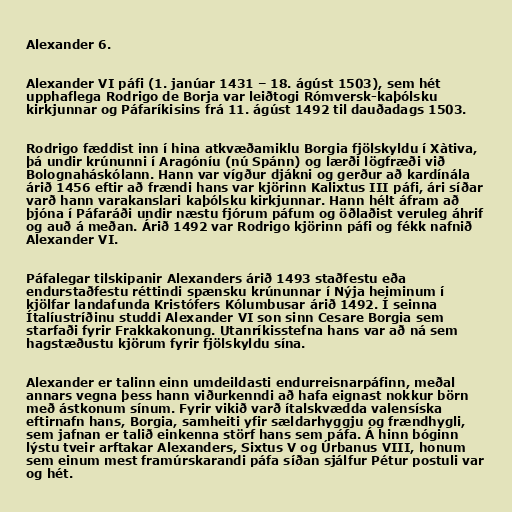
Alexander 6.

Alexander VI páfi (1. janúar 1431 – 18. ágúst 1503), sem hét
upphaflega Rodrigo de Borja var leiðtogi Rómversk-kaþólsku
kirkjunnar og Páfaríkisins frá 11. ágúst 1492 til dauðadags 1503.

Rodrigo fæddist inn í hina atkvæðamiklu Borgia fjölskyldu í Xàtiva,
þá undir krúnunni í Aragóníu (nú Spánn) og lærði lögfræði við
Bolognaháskólann. Hann var vígður djákni og gerður að kardínála
árið 1456 eftir að frændi hans var kjörinn Kalixtus III páfi, ári síðar
varð hann varakanslari kaþólsku kirkjunnar. Hann hélt áfram að
þjóna í Páfaráði undir næstu fjórum páfum og öðlaðist veruleg áhrif
og auð á meðan. Árið 1492 var Rodrigo kjörinn páfi og fékk nafnið
Alexander VI.

Páfalegar tilskipanir Alexanders árið 1493 staðfestu eða
endurstaðfestu réttindi spænsku krúnunnar í Nýja heiminum í
kjölfar landafunda Kristófers Kólumbusar árið 1492. Í seinna
Ítalíustríðinu studdi Alexander VI son sinn Cesare Borgia sem
starfaði fyrir Frakkakonung. Utanríkisstefna hans var að ná sem
hagstæðustu kjörum fyrir fjölskyldu sína.

Alexander er talinn einn umdeildasti endurreisnarpáfinn, meðal
annars vegna þess hann viðurkenndi að hafa eignast nokkur börn
með ástkonum sínum. Fyrir vikið varð ítalskvædda valensíska
eftirnafn hans, Borgia, samheiti yfir sældarhyggju og frændhygli,
sem jafnan er talið einkenna störf hans sem páfa. Á hinn bóginn
lýstu tveir arftakar Alexanders, Sixtus V og Úrbanus VIII, honum
sem einum mest framúrskarandi páfa síðan sjálfur Pétur postuli var
og hét.